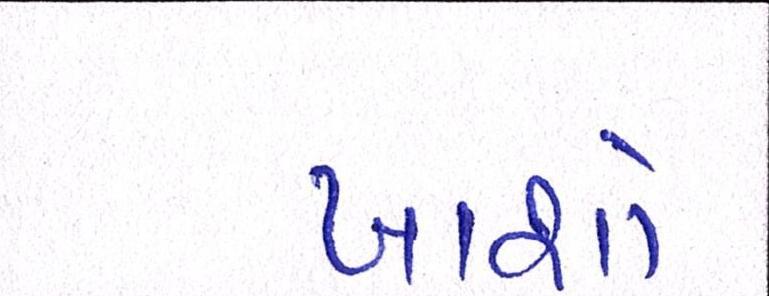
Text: ખાશો